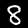
Label: 8